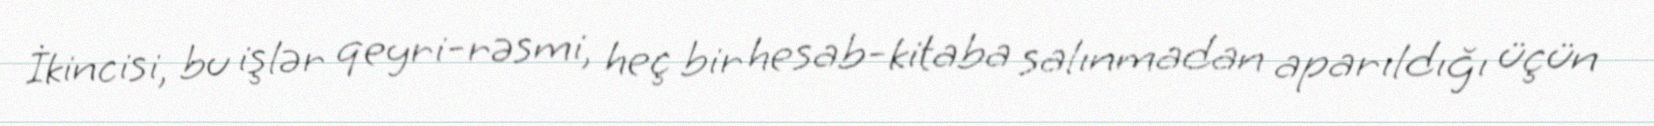
İkincisi, bu işlər qeyri-rəsmi, heç bir hesab-kitaba salınmadan aparıldığı üçün